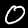
Digit: 0